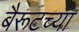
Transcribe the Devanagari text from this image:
बैरूटच्या